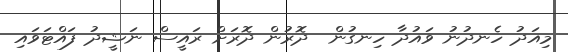
މިއަދު ހެނދުނު ވައުދާ ހިނގުން  ދޮރުން ދޮރަށް ރައީސް ނަޝީދު ފައްޓަވައި